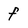
Character: f